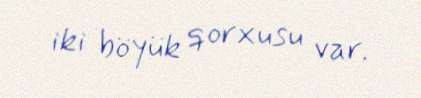
iki böyük qorxusu var.